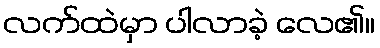
လက်ထဲမှာ ပါလာခဲ့ လေ၏။